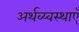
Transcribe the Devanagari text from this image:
अर्थव्य्वस्थाएँ